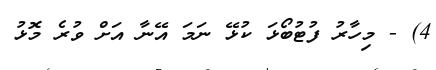
4) - މިހާރު ފުޓުބޯޅަ ކުޅޭ ނަމަ އޭނާ އަށް ވުރެ މޮޅު